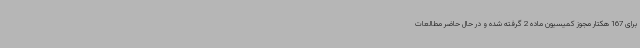
برای 167 هکتار مجوز کمیسیون ماده 2 گرفته شده و در حال حاضر مطالعات